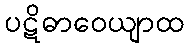
ပဋိဓာဝေယျာထ